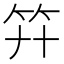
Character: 𥫲